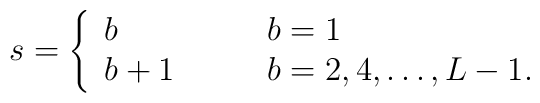
s=\left\{\begin{array}{ll}b   & \qquad b=1 \\b+1 & \qquad b=2,4,\ldots,L-1.\end{array} \right.